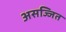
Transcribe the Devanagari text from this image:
असज्जित